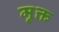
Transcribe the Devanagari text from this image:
मु़क्त